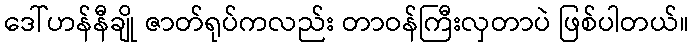
ဒေါ်ဟန်နီချို ဇာတ်ရုပ်ကလည်း တာဝန်ကြီးလှတာပဲ ဖြစ်ပါတယ်။